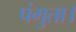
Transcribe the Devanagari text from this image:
पंगुता।